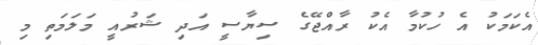
އެކަމަކު އެ ހުކުމާ އެކު ރާއްޖޭގެ ސިޔާސީ އަދި ޝަރުއީ މަލަމަތި މި